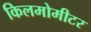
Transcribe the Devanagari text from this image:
किलमोमीटर